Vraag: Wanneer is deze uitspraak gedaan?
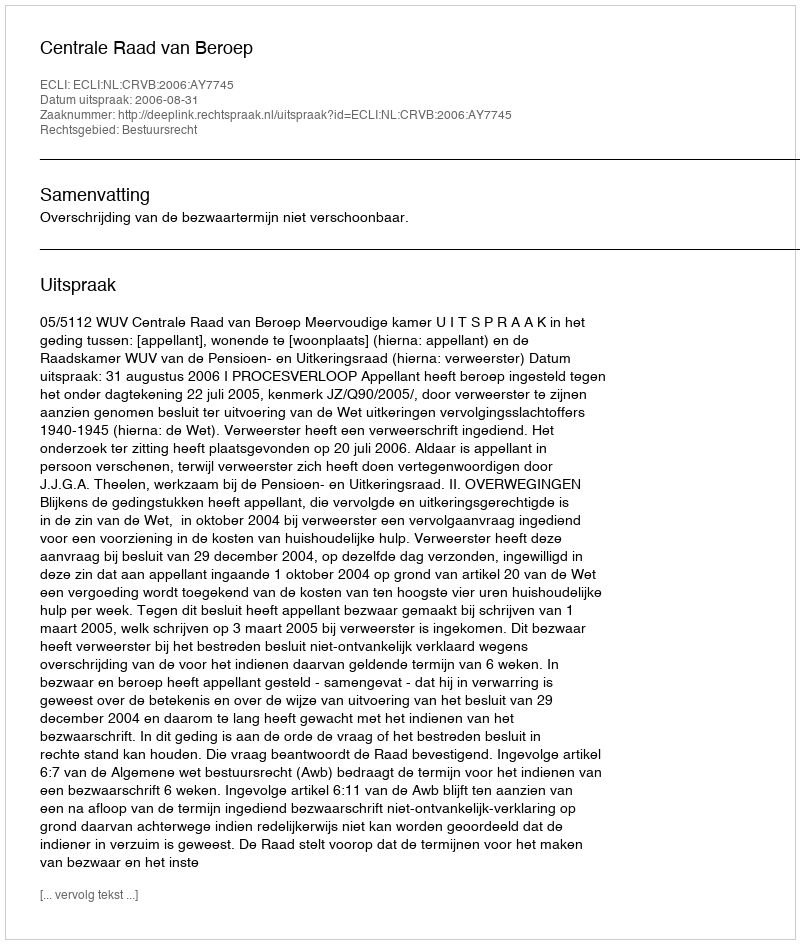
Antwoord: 2006-08-31